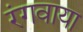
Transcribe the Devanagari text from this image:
रंगवाया